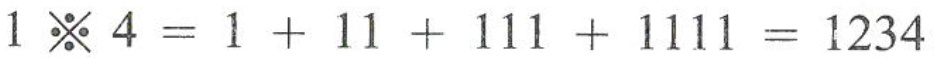
$$1 ※ 4 = 1 + 1 1 + 1 1 1 + 1 1 1 1 = 1 2 3 4$$，